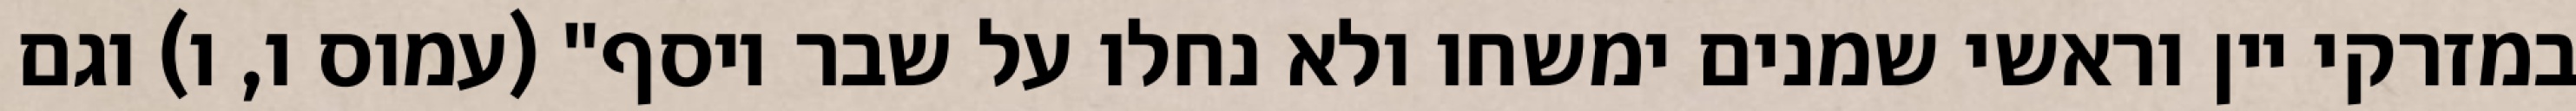
במזרקי יין וראשי‏ שמנים ימשחו ולא נחלו על שבר יוסף" (עמוס ו, ו) וגם